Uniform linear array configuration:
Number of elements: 16
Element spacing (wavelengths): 0.5
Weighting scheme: exponential
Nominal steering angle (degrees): -15
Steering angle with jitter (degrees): -16.044
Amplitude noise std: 0.05
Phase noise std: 0.05

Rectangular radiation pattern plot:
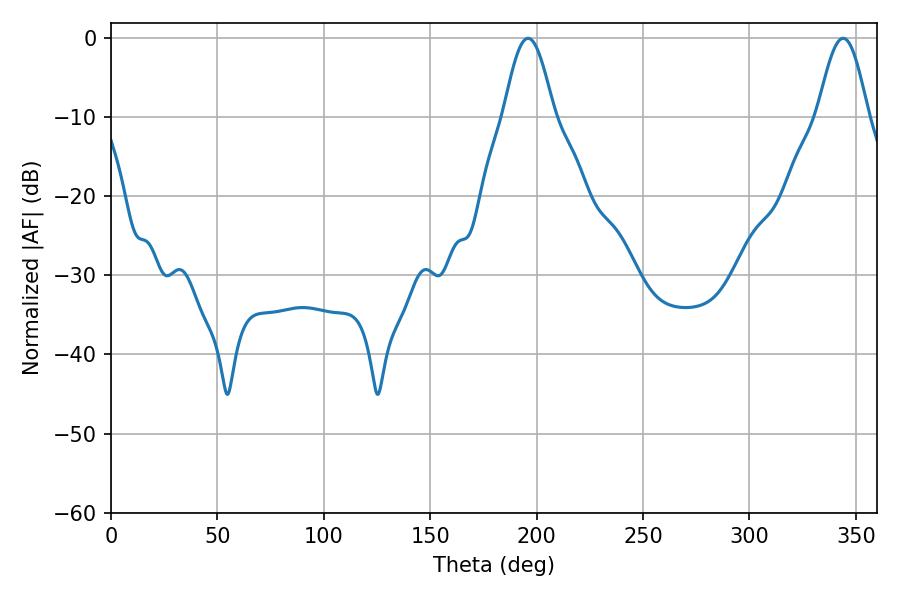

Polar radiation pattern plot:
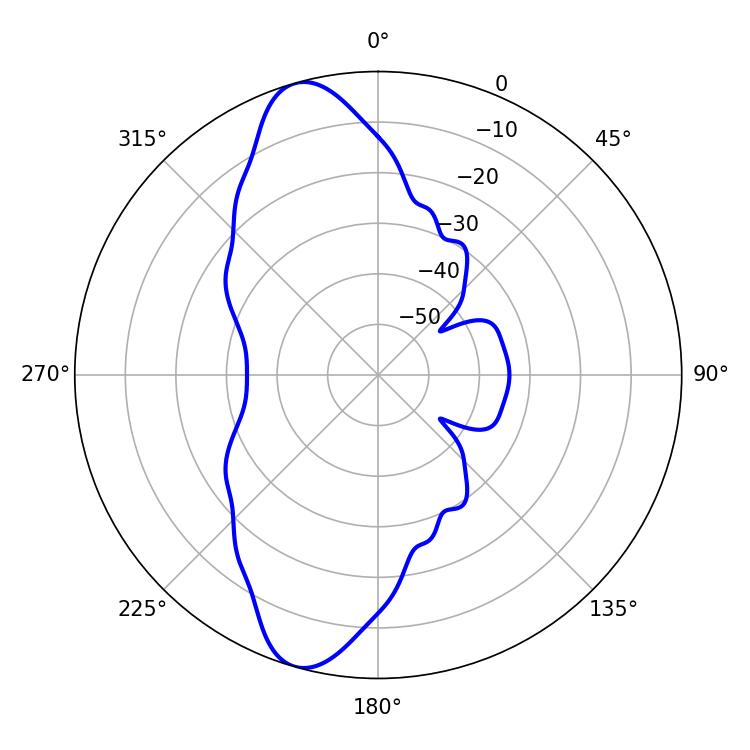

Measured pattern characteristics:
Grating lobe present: FALSE
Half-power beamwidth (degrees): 12.6
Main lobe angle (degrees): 196.02